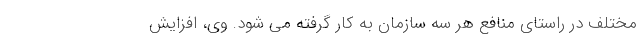
مختلف در راستای منافع هر سه سازمان به کار گرفته می شود. وی، افزایش